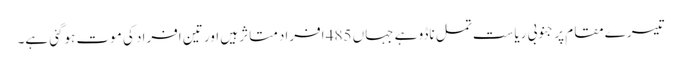
تیسرے مقام پر جنوبی ریاست تمل ناڈو ہے جہاں 485 افراد متاثر ہیں اور تین افراد کی موت ہوگئی ہے۔